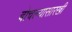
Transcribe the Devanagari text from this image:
बोचल्यासारखी